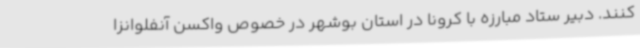
کنند. دبیر ستاد مبارزه با کرونا در استان بوشهر در خصوص واکسن آنفلوانزا